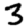
Digit: 3